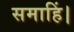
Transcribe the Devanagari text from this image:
समाहिं।